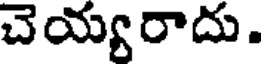
చెయ్యరాదు.